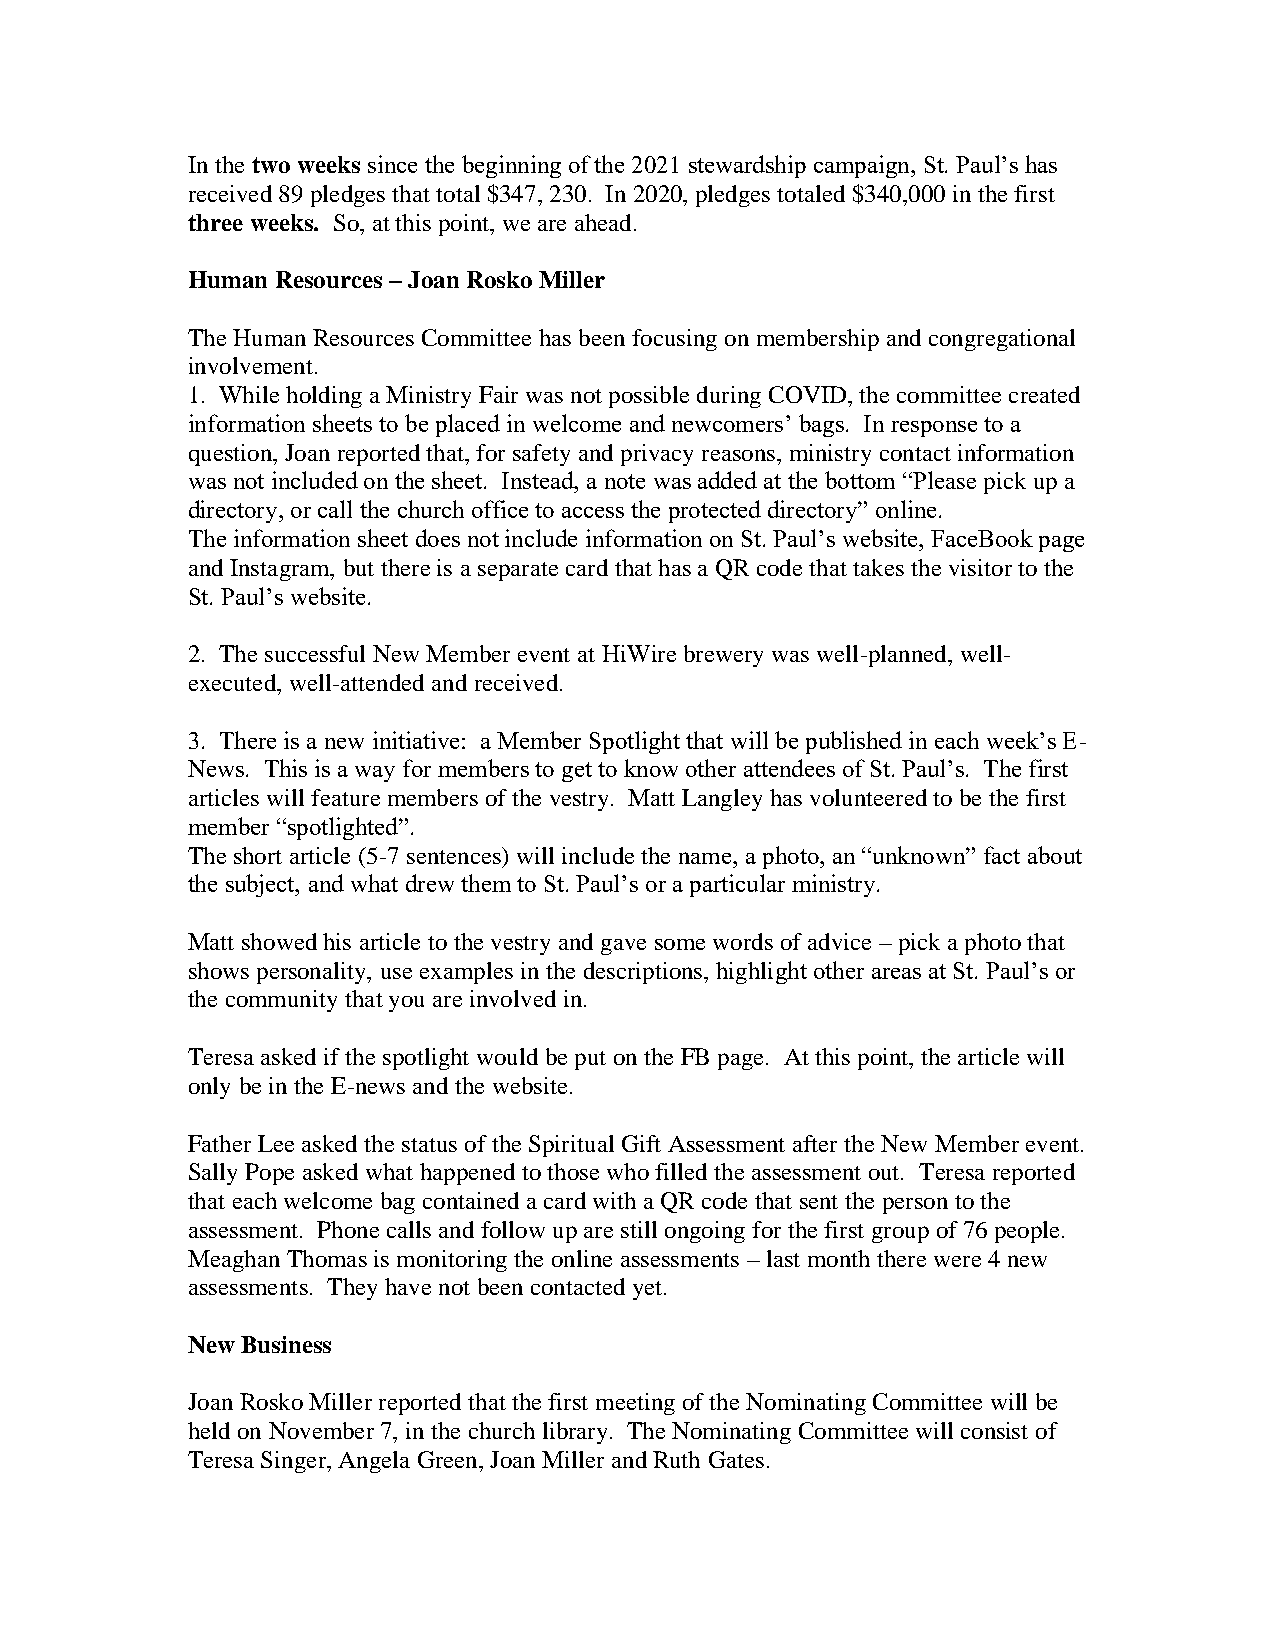
In the two weeks since the beginning of the 2021 stewardship campaign, St. Paul’s has
 received 89 pledges that total $347, 230. In 2020, pledges totaled $340,000 in the first
 three weeks. So, at this point, we are ahead.
 Human Resources – Joan Rosko Miller
 The Human Resources Committee has been focusing on membership and congregational
 involvement.
 1. While holding a Ministry Fair was not possible during COVID, the committee created
 information sheets to be placed in welcome and newcomers’ bags. In response to a
 question, Joan reported that, for safety and privacy reasons, ministry contact information
 was not included on the sheet. Instead, a note was added at the bottom “Please pick up a
 directory, or call the church office to access the protected directory” online.
 The information sheet does not include information on St. Paul’s website, FaceBook page
 and Instagram, but there is a separate card that has a QR code that takes the visitor to the
 St. Paul’s website.
 2. The successful New Member event at HiWire brewery was well-planned, well-
 executed, well-attended and received.
 3. There is a new initiative: a Member Spotlight that will be published in each week’s E-
 News. This is a way for members to get to know other attendees of St. Paul’s. The first
 articles will feature members of the vestry. Matt Langley has volunteered to be the first
 member “spotlighted”.
 The short article (5-7 sentences) will include the name, a photo, an “unknown” fact about
 the subject, and what drew them to St. Paul’s or a particular ministry.
 Matt showed his article to the vestry and gave some words of advice – pick a photo that
 shows personality, use examples in the descriptions, highlight other areas at St. Paul’s or
 the community that you are involved in.
 Teresa asked if the spotlight would be put on the FB page. At this point, the article will
 only be in the E-news and the website.
 Father Lee asked the status of the Spiritual Gift Assessment after the New Member event.
 Sally Pope asked what happened to those who filled the assessment out. Teresa reported
 that each welcome bag contained a card with a QR code that sent the person to the
 assessment. Phone calls and follow up are still ongoing for the first group of 76 people.
 Meaghan Thomas is monitoring the online assessments – last month there were 4 new
 assessments. They have not been contacted yet.
 New Business
 Joan Rosko Miller reported that the first meeting of the Nominating Committee will be
 held on November 7, in the church library. The Nominating Committee will consist of
 Teresa Singer, Angela Green, Joan Miller and Ruth Gates.